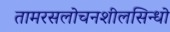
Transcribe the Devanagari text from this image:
तामरसलोचनशीलसिन्धो